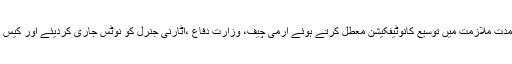
سپریم کورٹ نے آرمی چیف کی مدت ملازمت میں توسیع کانوٹیفکیشن معطل کرتے ہوئے آرمی چیف، وزارت دفاع ،اٹارنی جنرل کو نوٹس جاری کردیئے اور کیس کی سماعت کل تک ملتوی کردی۔